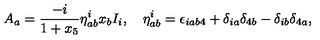
A _ { a } = \frac { - i } { 1 + x _ { 5 } } \eta _ { a b } ^ { i } x _ { b } I _ { i } , \quad \eta _ { a b } ^ { i } = \epsilon _ { i a b 4 } + \delta _ { i a } \delta _ { 4 b } - \delta _ { i b } \delta _ { 4 a } ,